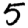
Digit: 5